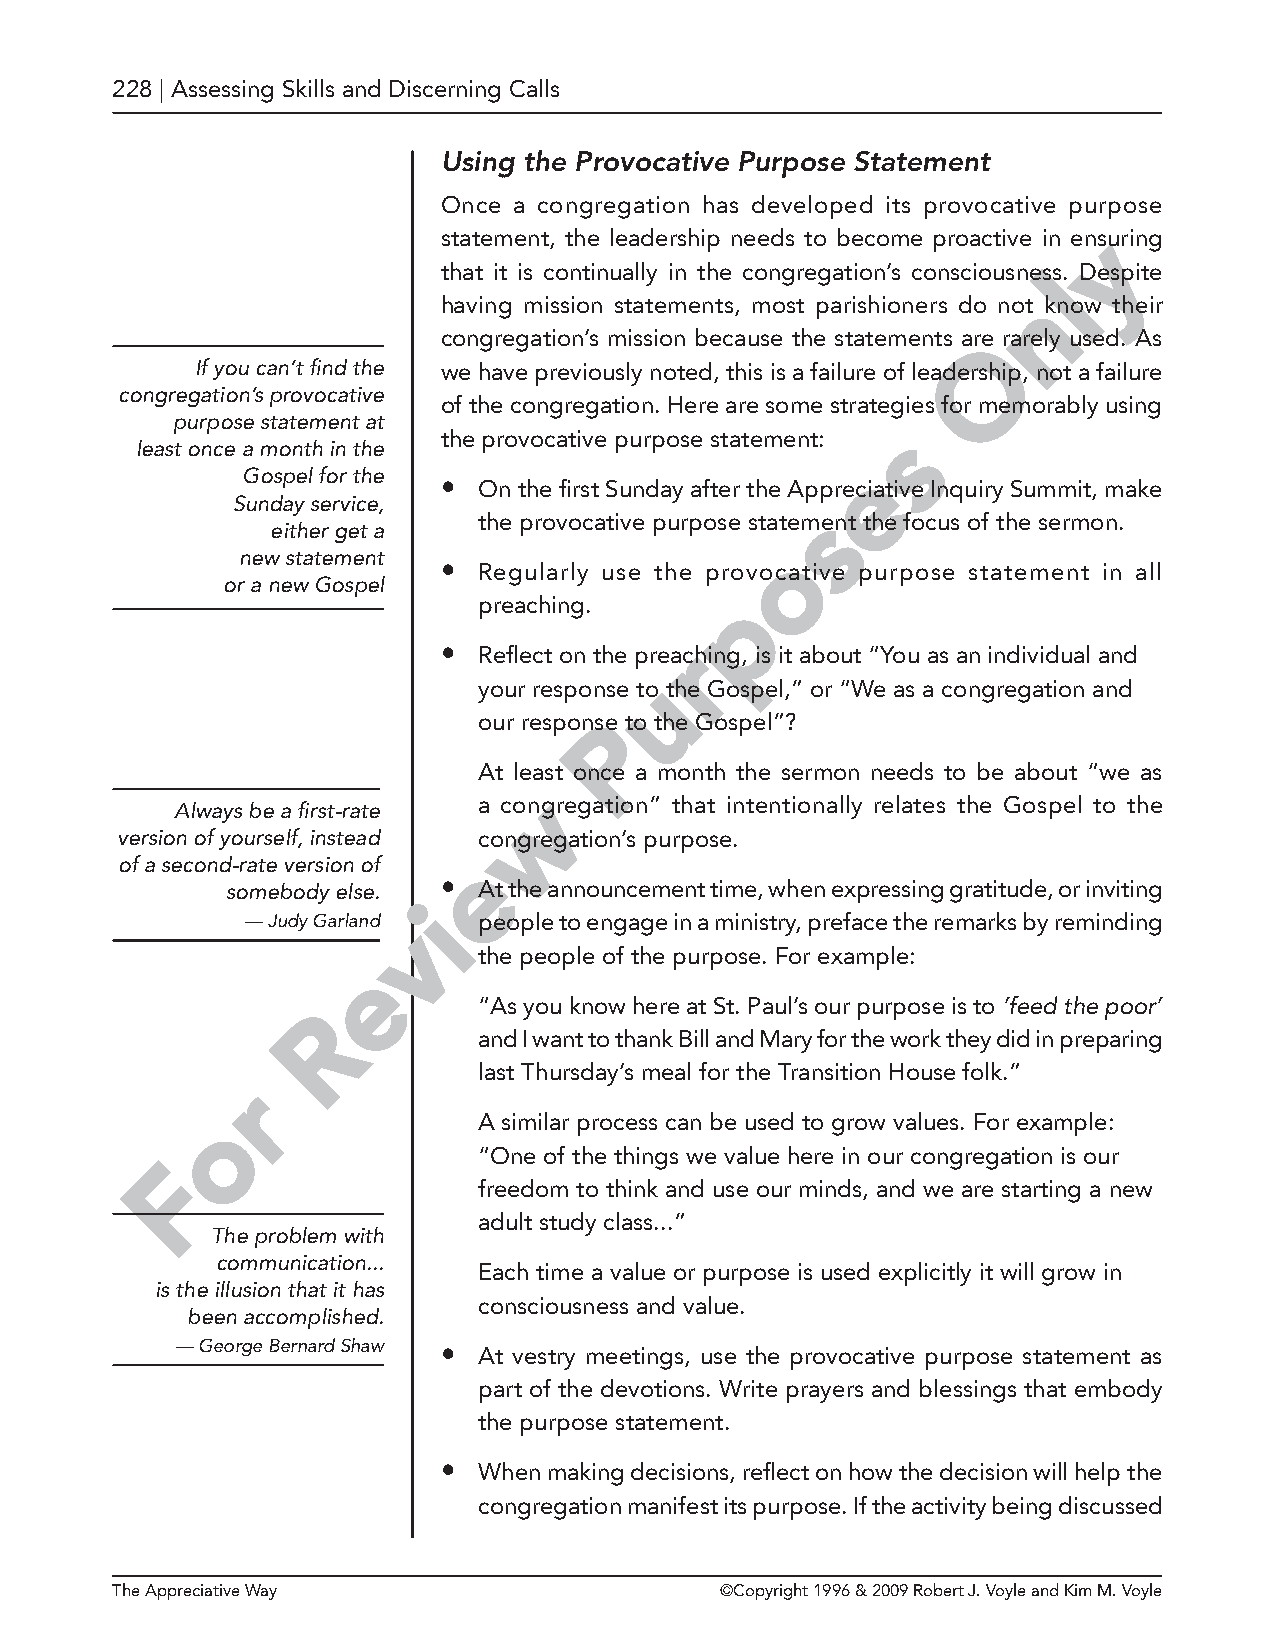
228 | Assessing Skills and Discerning Calls
 Using the Provocative Purpose Statement
 Once a congregation has developed its provocative purpose
 statement, the leadership needs to become proactive in enysuring
 that it is continually in the congregation’s consciousnesls. Despite
 n
 having mission statements, most parishioners do not know their
 congregation’s mission because the statements areO rarely used. As
 If you can’t find the we have previously noted, this is a failure of leadership, not a failure
 congregation’s provocative
 of the congregation. Here are some strategie s for memorably using
 purpose statement at
 the provocative purpose statement: s
 least once a month in the
 e
 Gospel for the
 •  On the first Sunday after the Appreciative Inquiry Summit, make
 Sunday service,
 s
 the provocative purpose statement the focus of the sermon.
 either get a
 o
 new statement
 •  Regularly use the provocative purpose statement in all
 or a new Gospel
 p
 preaching.
 •  Reflect on the prear ching, is it about “You as an individual and
 u
 your response to the Gospel,” or “We as a congregation and
 our responsPe to the Gospel”?
 At leas t once a month the sermon needs to be about “we as
 w
 a congregation” that intentionally relates the Gospel to the
 Always be a first-rate
 version of yourself, instead congregation’s purpose.
 of a second-rate version of e
 somebody else. • At the announcement time, when expressing gratitude, or inviting
 i
 — Judy Garland v people to engage in a ministry, preface the remarks by reminding
 the people of the purpose. For example:
 e
 “As you know here at St. Paul’s our purpose is to ’feed the poor’
 R
 and I want to thank Bill and Mary for the work they did in preparing
 last Thursday’s meal for the Transition House folk.”
 r
 o                 A similar process can be used to grow values. For example:
 “One of the things we value here in our congregation is our
 F
 freedom to think and use our minds, and we are starting a new
 adult study class...”
 The problem with
 communication...
 Each time a value or purpose is used explicitly it will grow in
 is the illusion that it has
 consciousness and value.
 been accomplished.
 — George Bernard Shaw • At vestry meetings, use the provocative purpose statement as
 part of the devotions. Write prayers and blessings that embody
 the purpose statement.
 •  When making decisions, reflect on how the decision will help the
 congregation manifest its purpose. If the activity being discussed
 The Appreciative Way                     ©Copyright 1996 & 2009 Robert J. Voyle and Kim M. Voyle